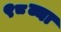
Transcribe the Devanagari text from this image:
९८व्या